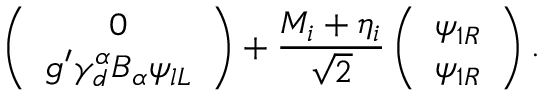
\left( \begin{array} { c } { { 0 } } \\ { { g ^ { \prime } \gamma _ { d } ^ { \alpha } B _ { \alpha } \psi _ { l L } } } \end{array} \right) + \frac { M _ { i } + \eta _ { i } } { \sqrt { 2 } } \left( \begin{array} { c } { { \psi _ { 1 R } } } \\ { { \psi _ { 1 R } } } \end{array} \right) .